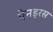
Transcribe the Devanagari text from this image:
ऐनड्रस